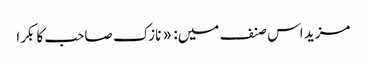
مزید اس صنف میں: « نازک صاحب کا بکرا